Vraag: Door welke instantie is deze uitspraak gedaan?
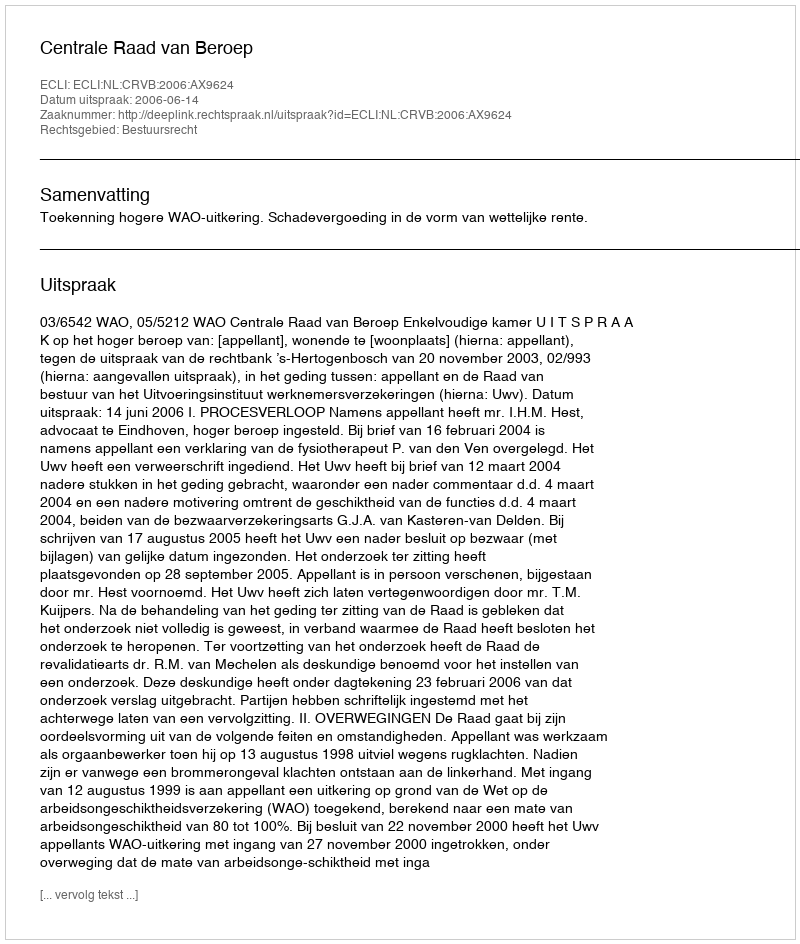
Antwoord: Centrale Raad van Beroep